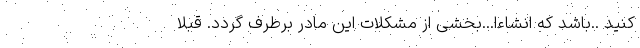
کنید ..باشد که انشاءا...بخشی از مشکلات این مادر برطرف گردد. قبلاً